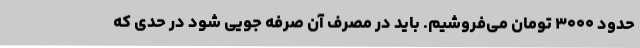
حدود ۳۰۰۰ تومان می‌فروشیم. باید در مصرف آن صرفه جویی شود در حدی که